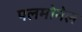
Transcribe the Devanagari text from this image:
पलमोनेल